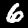
Label: 6